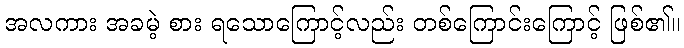
အလကား အခမဲ့ စား ရသောကြောင့်လည်း တစ်ကြောင်းကြောင့် ဖြစ်၏။